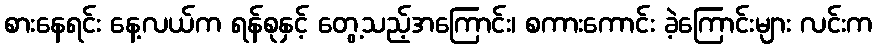
စားနေရင်း နေ့လယ်က ရန်စုနှင့် တွေ့သည့်အကြောင်း၊ စကားကောင်း ခဲ့ကြောင်းများ လင်းက